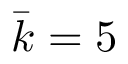
\bar { k } = 5